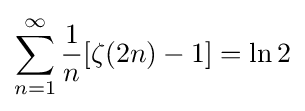
\sum _{n=1}^{\infty }{\frac {1}{n}}[\zeta (2n)-1]=\ln 2